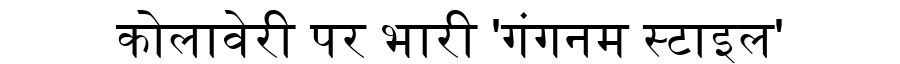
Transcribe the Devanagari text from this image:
कोलावेरी पर भारी 'गंगनम स्टाइल'